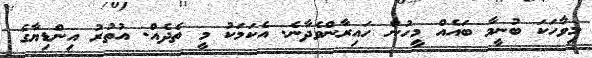
މިވާހަކަ ބުނީމާ ބައެއް މީހުން ހައިރާންވެދާނެ. އެކަމަކު މީ ތެދެއް. އުތުރު އިންޑިޔާގެ